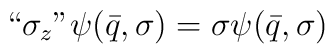
``\sigma_z"\psi(\bar{q},\sigma)=\sigma\psi(\bar{q},\sigma)